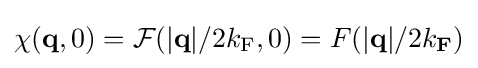
\chi (\mathbf {q} ,0)={\mathcal {F}}(|\mathbf {q} |/2k_{\mathrm {F} },0)=F(|\mathbf {q} |/2k_{\mathbf {F} })